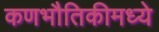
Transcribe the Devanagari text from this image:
कणभौतिकीमध्ये